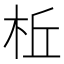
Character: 𪲀